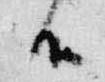
候